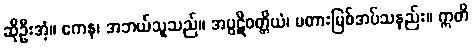
ဆိုဦးအံ့။ ကေန၊ အဘယ်သူသည်။ အပ္ပဋိဝတ္တိယံ၊ မတားမြစ်အပ်သနည်း။ ဣတိ